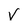
Character: v